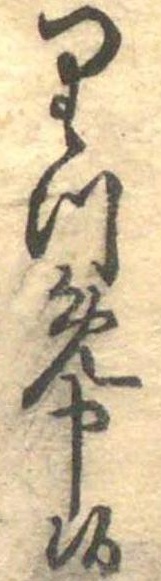
りつめ申候